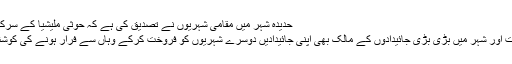
حدیدہ شہر میں مقامی شہریوں نے تصدیق کی ہے کہ حوثی ملیشیا کے سرکردہ عہدے دار،
ان کے سرپرست اور شہر میں بڑی بڑی جائیدادوں کے مالک بھی اپنی جائیدادیں دوسرے شہریوں کو فروخت کرکے وہاں سے فرار ہونے کی کوشش کررہے ہیں۔